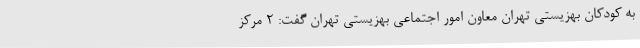
به کودکان بهزیستی تهران معاون امور اجتماعی بهزیستی تهران گفت: ۲ مرکز